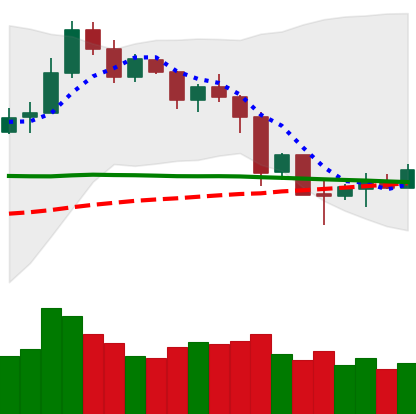
Ticker: NEO-USD
Chart end date: 2019-11-29
Forward return: -10.729%
Label: down_7plus